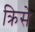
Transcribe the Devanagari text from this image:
क्रिसे